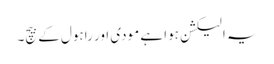
یہ الیکشن ہوا ہے مودی اور راہول کے بیچ۔